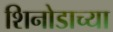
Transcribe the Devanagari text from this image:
शिनोडाच्या